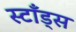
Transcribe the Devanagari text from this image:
स्टाँड्स